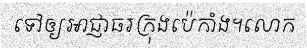
ទៅឲ្យអាជ្ញាធរក្រុងប៉េកាំង។លោក